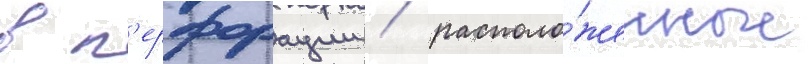
в п'ерфорации / располо́женные